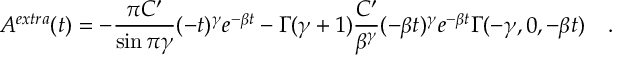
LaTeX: A ^ { e x t r a } ( t ) = - \frac { \pi C ^ { \prime } } { \sin \pi \gamma } ( - t ) ^ { \gamma } e ^ { - \beta t } - \Gamma ( \gamma + 1 ) \frac { C ^ { \prime } } { \beta ^ { \gamma } } ( - \beta t ) ^ { \gamma } e ^ { - \beta t } \Gamma ( - \gamma , 0 , - \beta t ) \quad .